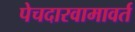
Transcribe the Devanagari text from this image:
पेचदारवामावर्त